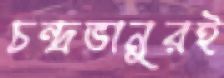
চন্দ্রভানুরই